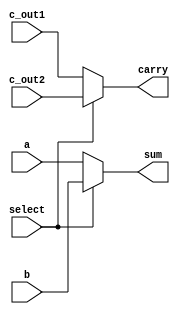
`timescale 1ns / 1ps
//////////////////////////////////////////////////////////////////////////////////
// Company: 
// Engineer: 
// 
// Design Name: 
// Module Name: MUX_32bits
// Project Name: 
// Target Devices: 
// Tool Versions: 
// Description: 
// 
// Dependencies: 
// 
// Revision:
// Revision 0.01 - File Created
// Additional Comments:
// 
//////////////////////////////////////////////////////////////////////////////////


module MUX_32bits(carry, sum, select, a, b, c_out1, c_out2);

    input select;
    input [31:0] a, b;
    input c_out1, c_out2;
    output carry;
    output [31:0] sum;
    
    assign carry = select ? c_out2: c_out1;
    assign sum = select ? b : a;
    
endmodule